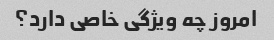
امروز چه ویژگی خاصی دارد؟